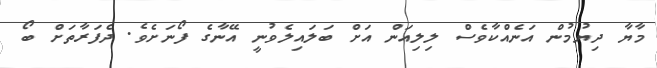
މާޔާ ދިޔުމުން އަނެއްކާވެސް ލިލިއަން އަށް ބަލައިލެވުނީ އޭނާގެ ފޯނަށެވެ. ދެފަރާތަށް ބޯ